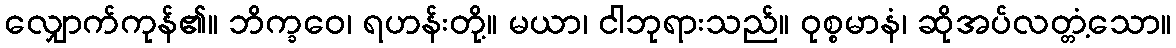
လျှောက်ကုန်၏။ ဘိက္ခဝေ၊ ရဟန်းတို့။ မယာ၊ ငါဘုရားသည်။ ဝုစ္စမာနံ၊ ဆိုအပ်လတ္တံ့သော။